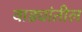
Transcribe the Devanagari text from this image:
वाड्यांतील